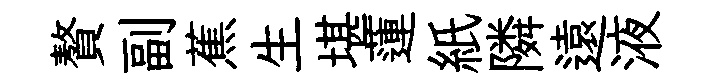
贅副蕉生堪蓮紙隣遠液